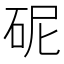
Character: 𪿗